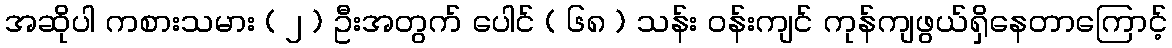
အဆိုပါ ကစားသမား ( ၂ ) ဦးအတွက် ပေါင် ( ၆၈ ) သန်း ဝန်းကျင် ကုန်ကျဖွယ်ရှိနေတာကြောင့်